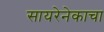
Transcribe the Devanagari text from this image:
सायरेनेकाचा